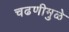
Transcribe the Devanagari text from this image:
चढणीमुळे